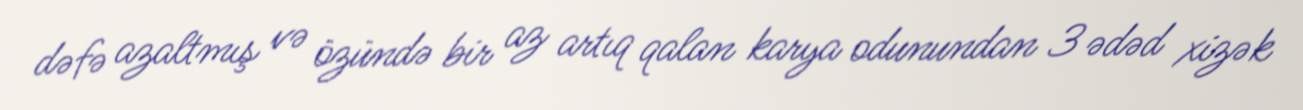
dəfə azaltmış və özündə bir az artıq qalan karya odunundan 3 ədəd xizək